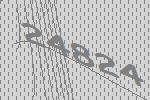
24824